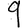
Digit: 9